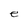
Character: e